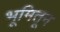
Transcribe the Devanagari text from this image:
भूमितून